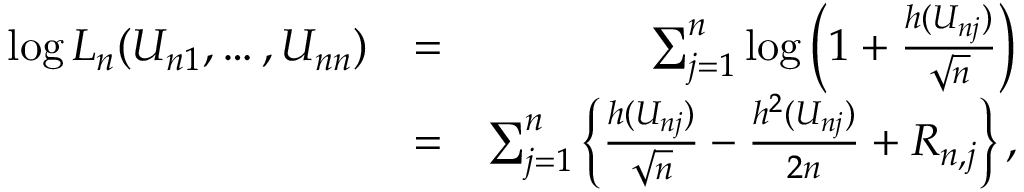
\begin{array} { r l r } { \log L _ { n } ( U _ { n 1 } , \ldots , U _ { n n } ) } & { = } & { \sum _ { j = 1 } ^ { n } \log \left( 1 + \frac { h ( U _ { n j } ) } { \sqrt { n } } \right) } \\ & { = } & { \sum _ { j = 1 } ^ { n } \left\{ \frac { h ( U _ { n j } ) } { \sqrt { n } } - \frac { h ^ { 2 } ( U _ { n j } ) } { 2 n } + R _ { n , j } \right\} , } \end{array}